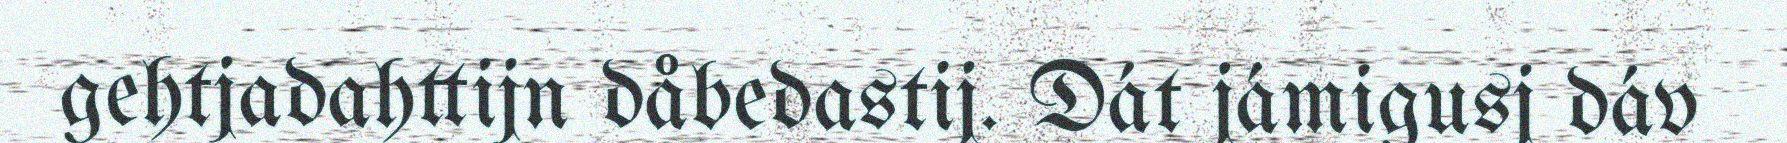
gehtjadahttijn dåbedastij. Dát jámigusj dáv